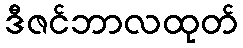
ဒီဇင်ဘာလထုတ်